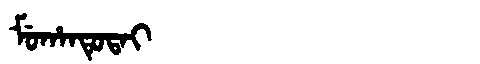
Manchu: ᠮᡠᡥᠠᠨᡨᡠᡨᠠᡳ
Romanization: MUHANTUTAI